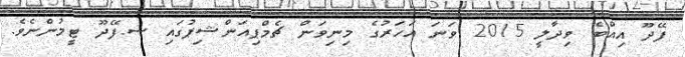
ފޭދޫ އިއްބެ ވިދާލީ 2015 ވަނަ އަހަރުގެ މިނިވަން ޗެމްޕިއަންޝިޕުގައި ސ.ފޭދޫ ޓީމުންނެވެ.